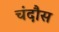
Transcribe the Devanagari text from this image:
चंदौस